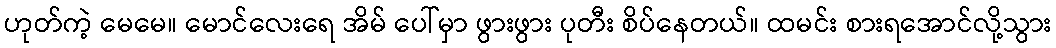
ဟုတ်ကဲ့ မေမေ။ မောင်လေးရေ အိမ် ပေါ်မှာ ဖွားဖွား ပုတီး စိပ်နေတယ်။ ထမင်း စားရအောင်လို့သွား